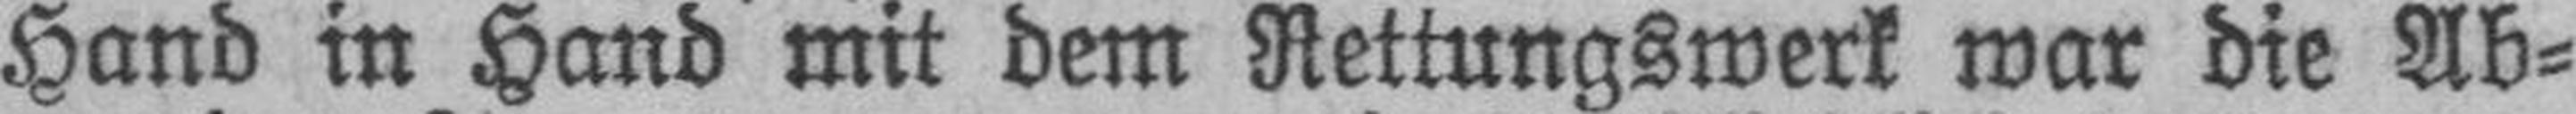
Hand in Hand mit dem Rettungswerk war die Ab¬